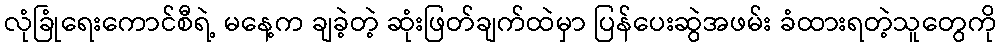
လုံခြုံရေးကောင်စီရဲ့ မနေ့က ချခဲ့တဲ့ ဆုံးဖြတ်ချက်ထဲမှာ ပြန်ပေးဆွဲအဖမ်း ခံထားရတဲ့သူတွေကို